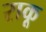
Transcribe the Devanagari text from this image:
राकू